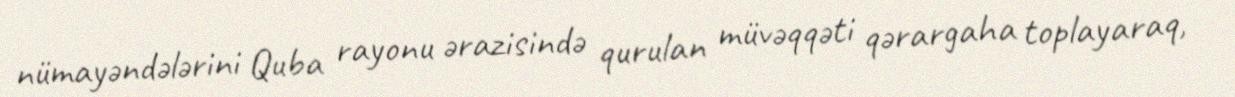
nümayəndələrini Quba rayonu ərazisində qurulan müvəqqəti qərargaha toplayaraq,